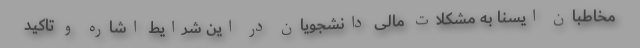
مخاطبان ایسنا به مشکلات مالی دانشجویان در این شرایط اشاره و تاکید